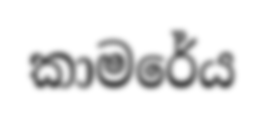
කාමරේය